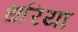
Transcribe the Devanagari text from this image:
धरिया